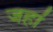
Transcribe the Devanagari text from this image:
जहा॑